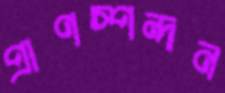
প্রাণস্পন্দন